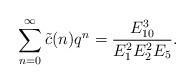
LaTeX: \begin{align*}\sum_{n=0}^{\infty}\tilde{c}(n)q^{n}=\dfrac{E_{10}^{3}}{E_{1}^2E_{2}^2E_{5}}.\end{align*}